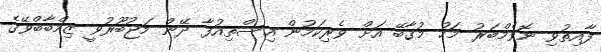
ފާއިތުވި ނޮވެމްބަރު މަހު މުގާބޭ އަށް ވެރިކަމުން އިސްތިއުފާ ދޭން މަޖުބޫރުވީ ޒިމްބާބްވޭގެ